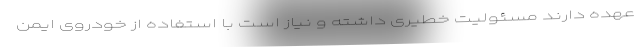
عهده دارند مسئولیت خطیری داشته و نیاز است با استفاده از خودروی ایمن